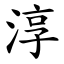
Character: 淳